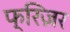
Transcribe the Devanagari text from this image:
फ्रिज़र